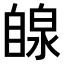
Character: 𫇋